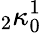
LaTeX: {}_{2}\kappa_{0}^{1}